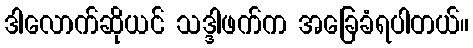
ဒါလောက်ဆိုယင် သဒ္ဒါဖက်က အခြေခံရပါတယ်။